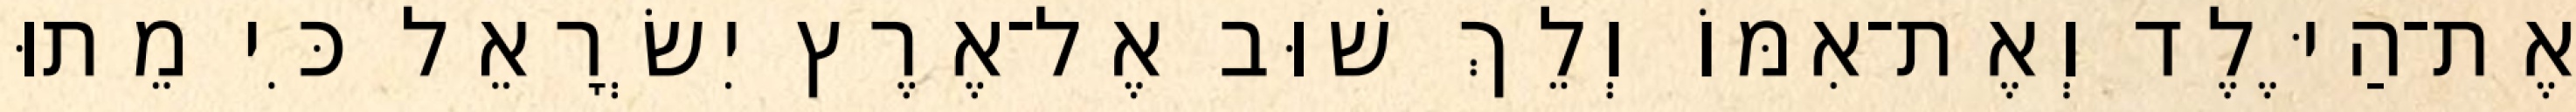
אֶת־הַיֶּלֶד וְאֶת־אִמּוֹ וְלֵךְ שׁוּב אֶל־אֶרֶץ יִשְׂרָאֵל כִּי מֵתוּ